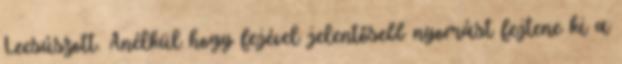
Lecsúszott. Anélkül hogy fejével jelentősebb nyomást fejtene ki a